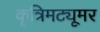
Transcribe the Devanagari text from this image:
कृत्रिमट्यूमर